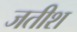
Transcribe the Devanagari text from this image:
जतीश